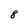
Character: 8